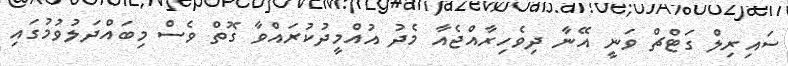
ސައިރިލް ގަޓްޗް ވަނީ އޭނާ ދިވެހިރާއްޖެއާ މެދު އުއްމީދުކުރައްވާ ގޮތް ވެސް މިބައްދަލުވުމުގައި